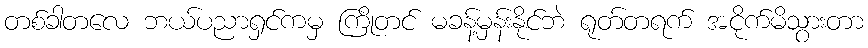
တစ်ခါတလေ ဘယ်ပညာရှင်ကမှ ကြိုတင် မခန့်မှန်းနိုင်ဘဲ ရုတ်တရက် အငိုက်မိသွားတာ